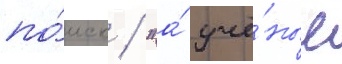
по́иск / "а́ учё́ные